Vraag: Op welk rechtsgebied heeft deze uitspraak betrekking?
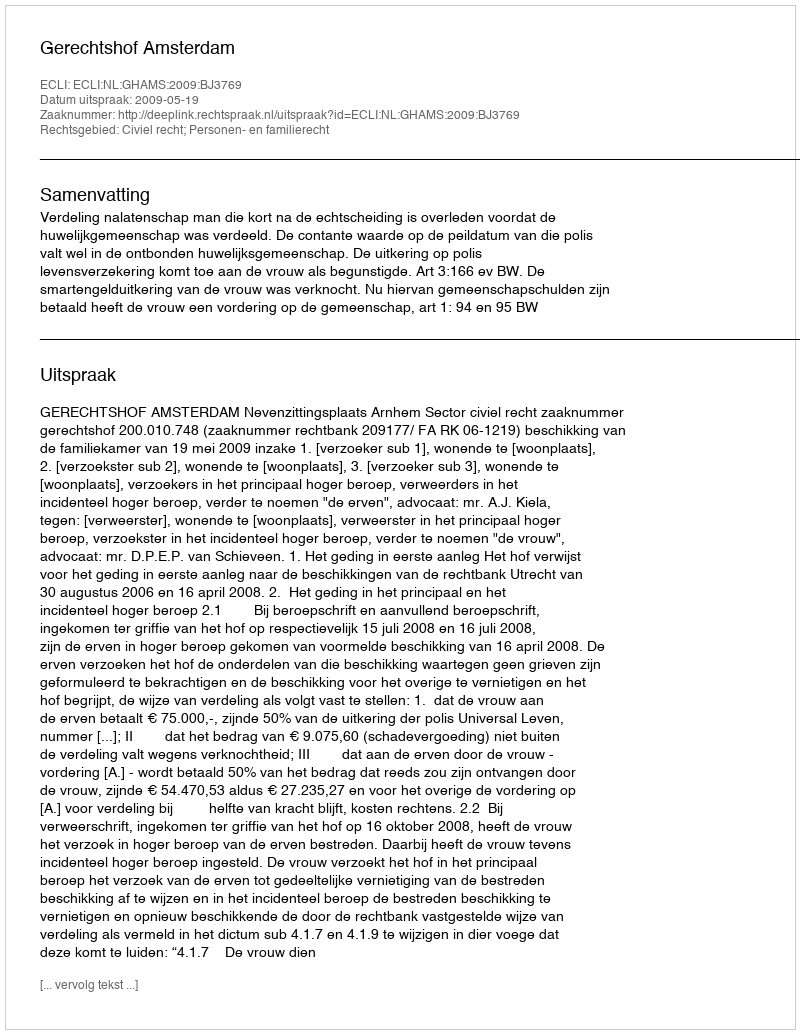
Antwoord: Civiel recht; Personen- en familierecht